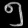
Digit: ၅